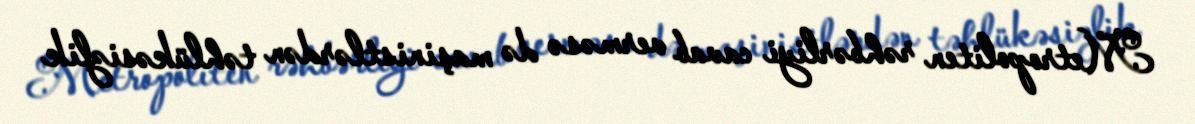
Metropoliten rəhbərliyi cavab verməsə də maşinistlərdən təhlükəsizlik